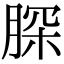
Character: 𦜊